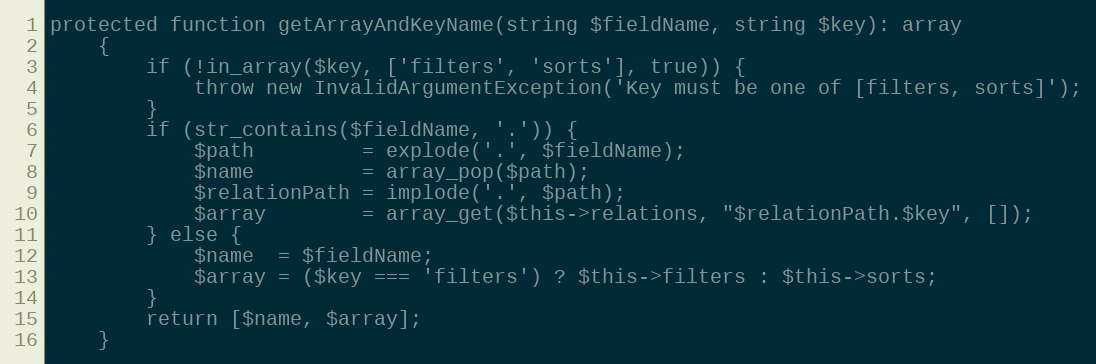
Language: PHP
protected function getArrayAndKeyName(string $fieldName, string $key): array
    {
        if (!in_array($key, ['filters', 'sorts'], true)) {
            throw new InvalidArgumentException('Key must be one of [filters, sorts]');
        }
        if (str_contains($fieldName, '.')) {
            $path         = explode('.', $fieldName);
            $name         = array_pop($path);
            $relationPath = implode('.', $path);
            $array        = array_get($this->relations, "$relationPath.$key", []);
        } else {
            $name  = $fieldName;
            $array = ($key === 'filters') ? $this->filters : $this->sorts;
        }
        return [$name, $array];
    }